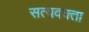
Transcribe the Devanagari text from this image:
सत्यवक्ता